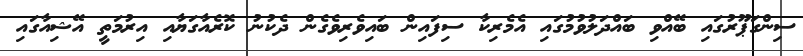
ސިންގަޕޫރުގައި ބޭއްވި ބައްދަލުވުމުގައި އެމެރިކާ ސިފައިން ބައިވެރިވެގެން ދެކުނު ކޮރެއާގަޔާއި އިރުމަތީ އޭޝިއާގައި